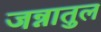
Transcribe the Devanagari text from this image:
जन्नातुल